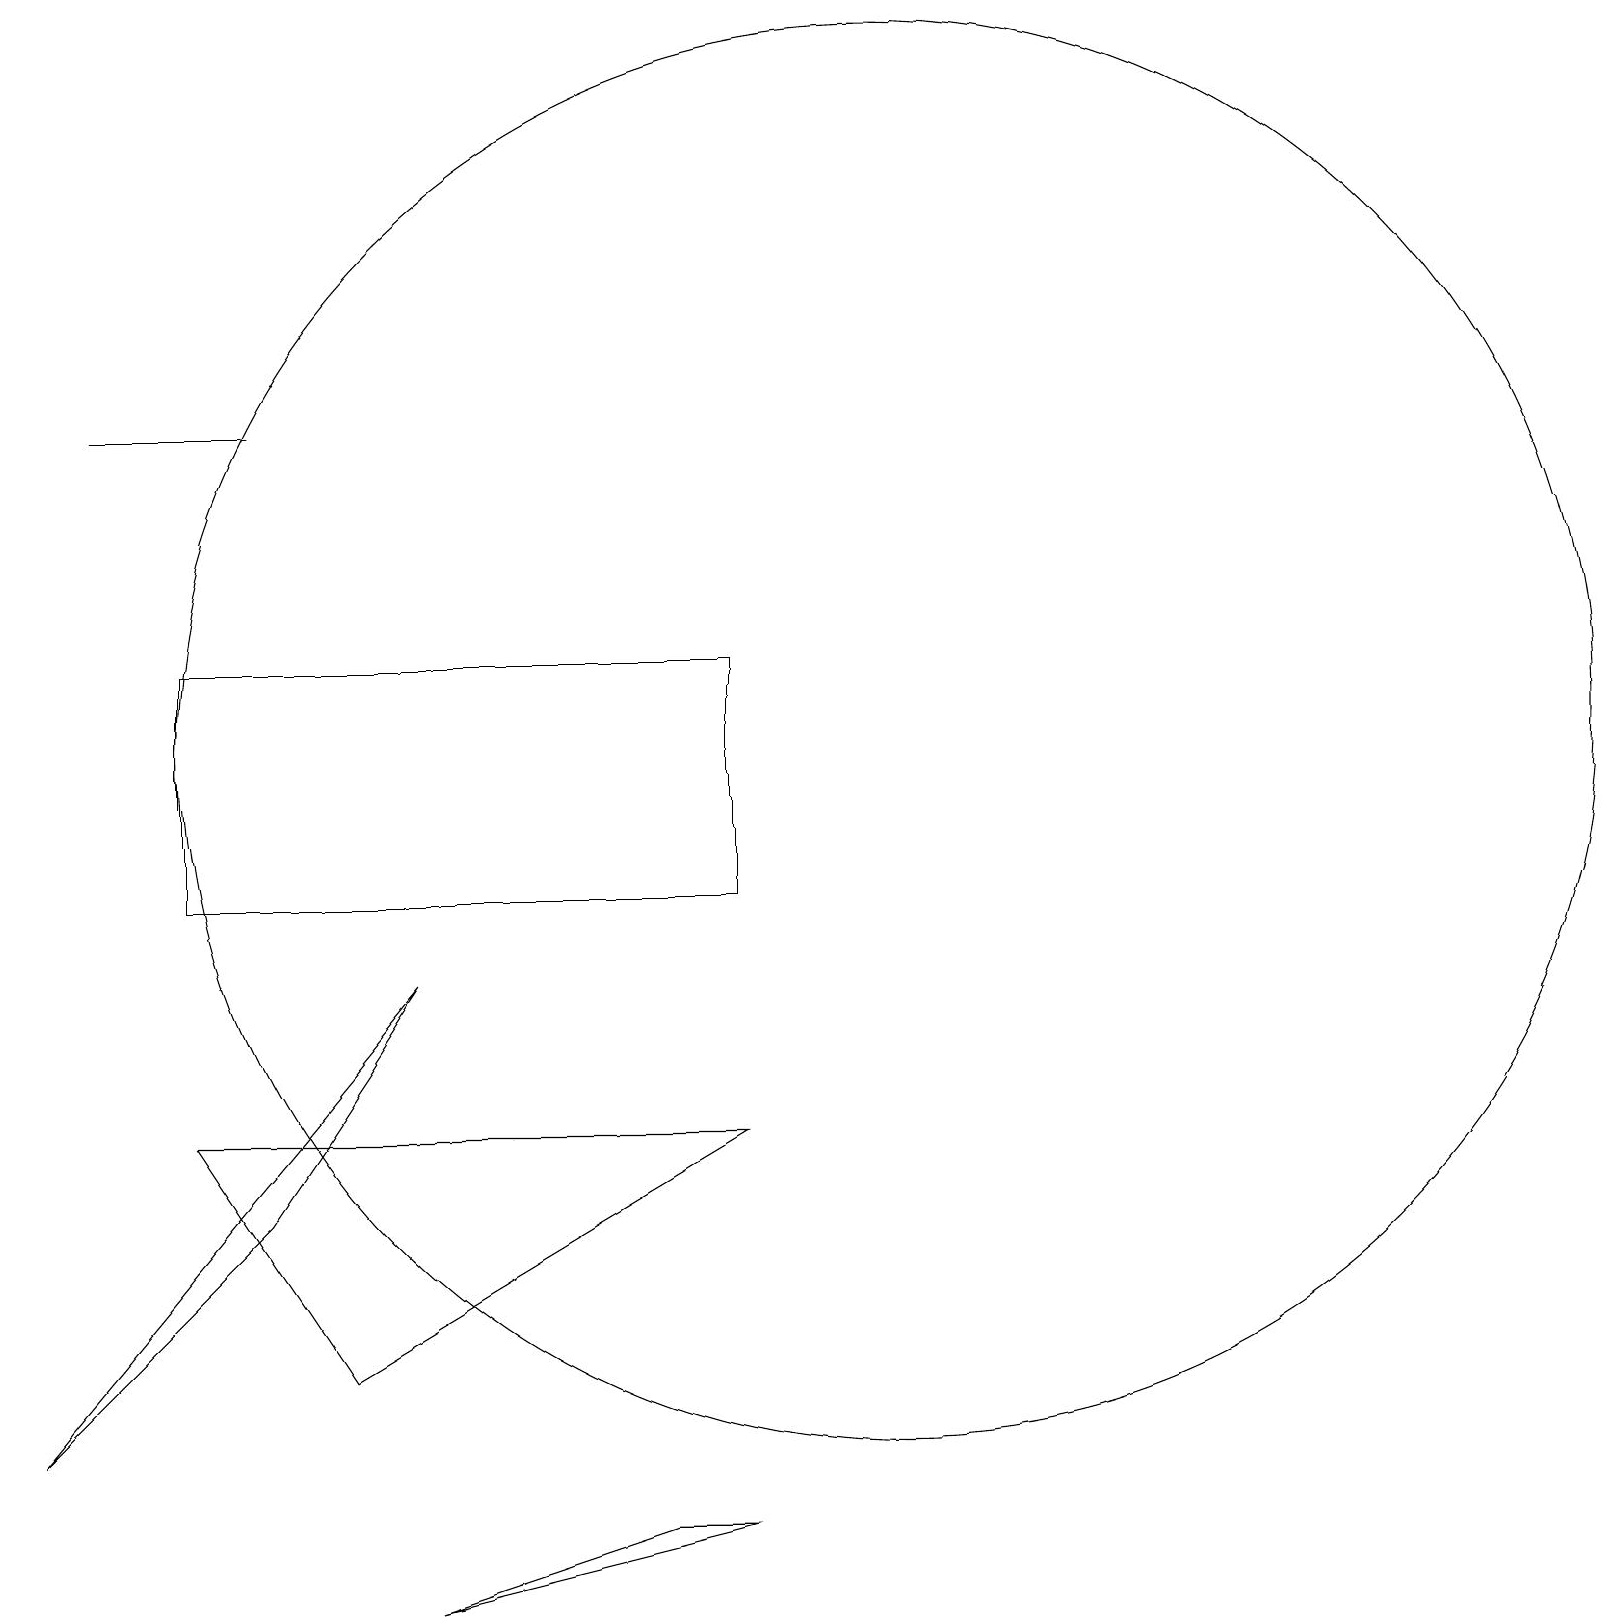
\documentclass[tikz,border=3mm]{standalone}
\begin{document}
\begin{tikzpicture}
\draw (9,10) rectangle (2,13);
\draw (5,1) -- (9,2) -- (8,2) -- cycle;
\draw (3,16) rectangle (1,16);
\draw (3,6) -- (5,9) -- (0,3) -- cycle;
\draw (4,4) -- (2,7) -- (9,7) -- cycle;
\draw (11,12) circle (9);
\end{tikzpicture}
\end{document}